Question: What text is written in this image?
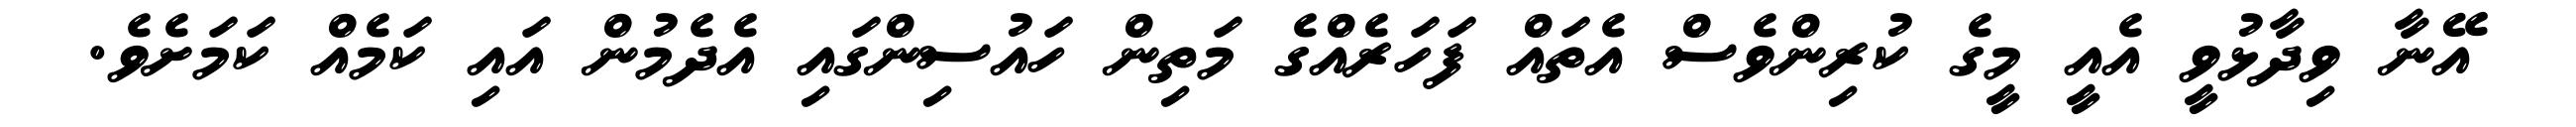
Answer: އޭނާ ވިދާޅުވީ އެއީ މީގެ ކުރިންވެސް އެތައް ފަހަރެއްގެ މަތިން ހައުސިންގައި އެދެމުން އައި ކަމެއް ކަމަށެވެ.